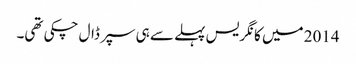
2014 میں کانگریس پہلے سے ہی سپر ڈال چکی تھی۔